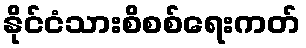
နိုင်ငံသားစိစစ်ရေးကတ်